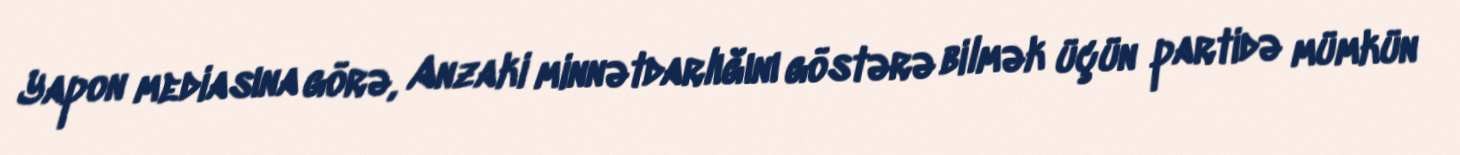
Yapon mediasına görə, Anzaki minnətdarlığını göstərə bilmək üçün partidə mümkün